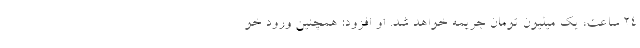
۲۴ ساعت، یک میلیون تومان جریمه خواهد شد. او افزود: همچنین ورود خو